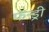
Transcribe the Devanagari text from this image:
फॅन्ड्री